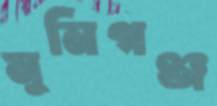
মুনিগঞ্জ